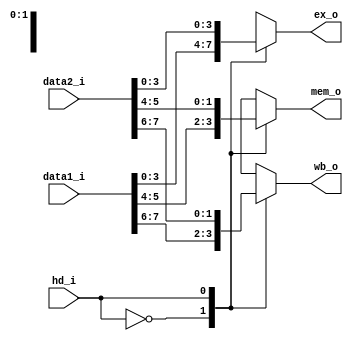
module MUX8
(
	data1_i,				//8  bits, control stuff
	data2_i,				//8  bits, all zero
	hd_i,					//1  bit, hazard or no hazard
	wb_o,					//2  bits, control input
	mem_o,					//2  bits, control input
	ex_o					//4  bits, control input
);

input	[7:0]	data1_i;
input	[7:0]	data2_i;
input			hd_i;

output	[1:0]	wb_o;
output	[1:0]	mem_o;
output	[3:0]	ex_o;

reg [1:0]	temp_wb_o;
reg [1:0]	temp_mem_o;
reg [3:0]	temp_ex_o;

assign wb_o = temp_wb_o;
assign mem_o = temp_mem_o;
assign ex_o = temp_ex_o;

always @ (*)
begin
		case (hd_i)			
			1'b0:	begin
					temp_wb_o	= data1_i[7:6];
					temp_mem_o	= data1_i[5:4];
					temp_ex_o	= data1_i[3:0];
					end
					
			1'b1:	begin
					temp_wb_o	= data2_i[7:6];
					temp_mem_o	= data2_i[5:4];
					temp_ex_o	= data2_i[3:0];
					end
			default: $display("Error in MUX8");
		endcase
end

endmodule